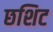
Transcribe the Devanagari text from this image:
छशिट